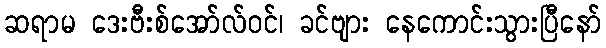
ဆရာမ ဒေးဗီးစ်အော်လ်ဝင်၊ ခင်ဗျား နေကောင်းသွားပြီနော်